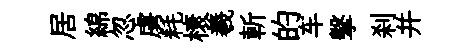
居綿忽虜耗榱羲斬的车擊刹并